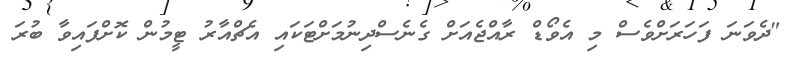
"ދެވަނަ ފަހަރަށްވެސް މި އެވޯޑް ރާއްޖެއަށް ގެނެސްދިނުމަށްޓަކައި އެޗްއާރު ޓީމުން ކޮށްފައިވާ ބުރަ